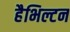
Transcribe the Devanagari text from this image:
हैभिल्टन